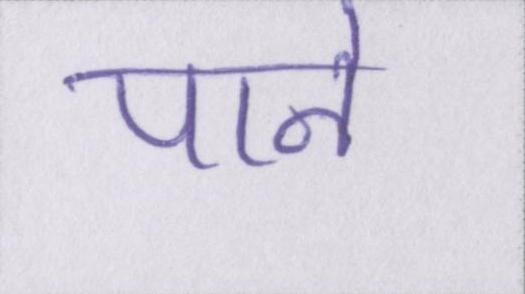
पाने